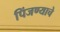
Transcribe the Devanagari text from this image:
पिंजण्याचे